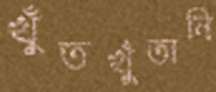
খুঁতখুঁতানি